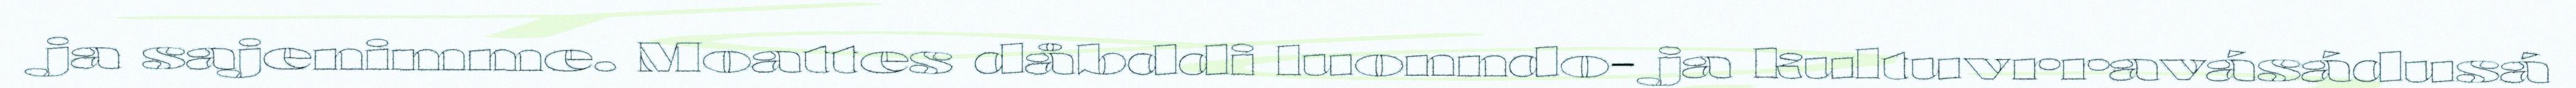
ja sajenimme. Moattes dåbddi luonndo- ja kultuvrravásádusá